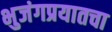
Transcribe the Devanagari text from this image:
भुजंगप्रयातचा